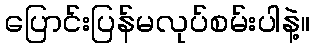
ပြောင်းပြန်မလုပ်စမ်းပါနဲ့။